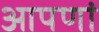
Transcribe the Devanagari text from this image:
आपणां